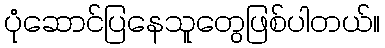
ပုံဆောင်ပြနေသူတွေဖြစ်ပါတယ်။